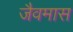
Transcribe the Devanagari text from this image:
जैवमास